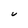
Character: U